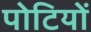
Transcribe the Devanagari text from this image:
पोटियों